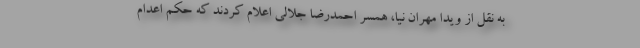
به نقل از ویدا مهران نیا، همسر احمدرضا جلالی اعلام کردند که حکم اعدام